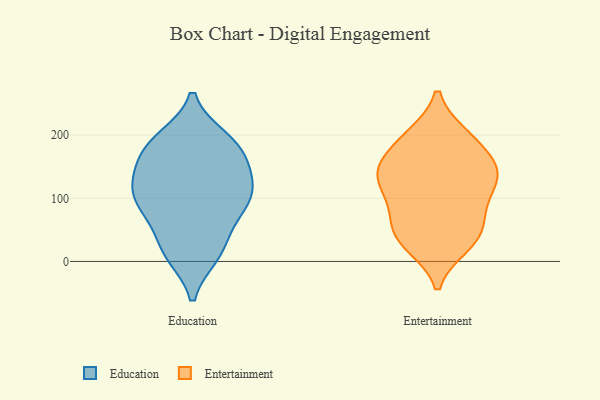
{"axis": {"x": "Demand Index", "y": "Value"}, "legend": ["Education", "Entertainment"], "data": [{"x": "", "y": 133, "type": "Education"}, {"x": "", "y": 138, "type": "Education"}, {"x": "", "y": 103, "type": "Education"}, {"x": "", "y": 105, "type": "Education"}, {"x": "", "y": 184, "type": "Education"}, {"x": "", "y": 82, "type": "Education"}, {"x": "", "y": 113, "type": "Education"}, {"x": "", "y": 194, "type": "Education"}, {"x": "", "y": 16, "type": "Education"}, {"x": "", "y": 47, "type": "Education"}, {"x": "", "y": 91, "type": "Education"}, {"x": "", "y": 189, "type": "Education"}, {"x": "", "y": 14, "type": "Education"}, {"x": "", "y": 165, "type": "Education"}, {"x": "", "y": 143, "type": "Education"}, {"x": "", "y": 11, "type": "Education"}, {"x": "", "y": 82, "type": "Education"}, {"x": "", "y": 185, "type": "Education"}, {"x": "", "y": 139, "type": "Entertainment"}, {"x": "", "y": 198, "type": "Entertainment"}, {"x": "", "y": 71, "type": "Entertainment"}, {"x": "", "y": 153, "type": "Entertainment"}, {"x": "", "y": 198, "type": "Entertainment"}, {"x": "", "y": 33, "type": "Entertainment"}, {"x": "", "y": 200, "type": "Entertainment"}, {"x": "", "y": 25, "type": "Entertainment"}, {"x": "", "y": 105, "type": "Entertainment"}, {"x": "", "y": 137, "type": "Entertainment"}, {"x": "", "y": 109, "type": "Entertainment"}, {"x": "", "y": 81, "type": "Entertainment"}, {"x": "", "y": 141, "type": "Entertainment"}, {"x": "", "y": 45, "type": "Entertainment"}, {"x": "", "y": 124, "type": "Entertainment"}, {"x": "", "y": 59, "type": "Entertainment"}, {"x": "", "y": 27, "type": "Entertainment"}, {"x": "", "y": 166, "type": "Entertainment"}, {"x": "", "y": 152, "type": "Entertainment"}]}